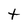
Character: t